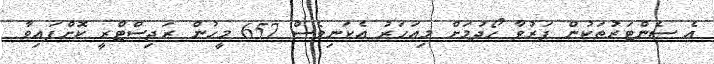
އެ ސެންޓަރުތަކުން ފަރުވާ ހޯދުމަށް މިއަހަރު އެކަނިވެސް 657 މީހުން ރަޖިސްޓްރީ ކޮށްފައިވާ